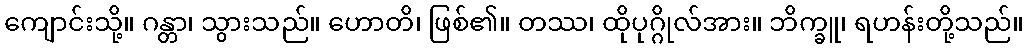
ကျောင်းသို့။ ဂန္တာ၊ သွားသည်။ ဟောတိ၊ ဖြစ်၏။ တဿ၊ ထိုပုဂ္ဂိုလ်အား။ ဘိက္ခူ၊ ရဟန်းတို့သည်။